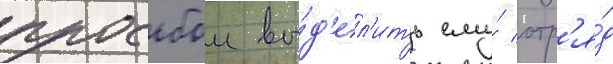
просьбои вы́д'ел'ить ему́ отр'я́д